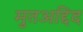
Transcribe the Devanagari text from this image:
मुतअद्दिद